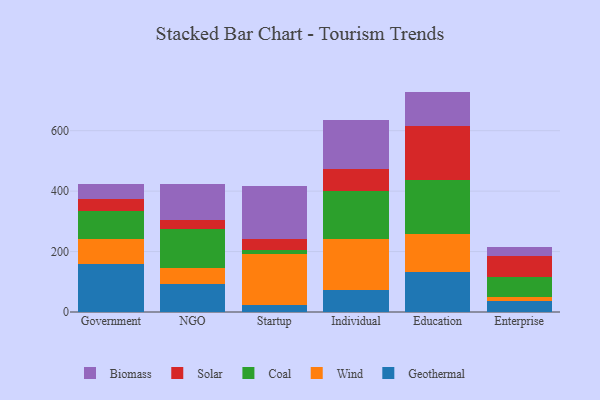
{"axis": {"x": "Segment", "y": "Market Share (%)"}, "legend": ["Biomass", "Coal", "Geothermal", "Solar", "Wind"], "data": [{"x": "Government", "y": 159.0, "type": "Geothermal"}, {"x": "Government", "y": 81.5, "type": "Wind"}, {"x": "Government", "y": 94.1, "type": "Coal"}, {"x": "Government", "y": 40.0, "type": "Solar"}, {"x": "Government", "y": 48.5, "type": "Biomass"}, {"x": "NGO", "y": 91.1, "type": "Geothermal"}, {"x": "NGO", "y": 53.1, "type": "Wind"}, {"x": "NGO", "y": 128.9, "type": "Coal"}, {"x": "NGO", "y": 31.6, "type": "Solar"}, {"x": "NGO", "y": 117.6, "type": "Biomass"}, {"x": "Startup", "y": 24.8, "type": "Geothermal"}, {"x": "Startup", "y": 167.8, "type": "Wind"}, {"x": "Startup", "y": 13.7, "type": "Coal"}, {"x": "Startup", "y": 36.7, "type": "Solar"}, {"x": "Startup", "y": 172.5, "type": "Biomass"}, {"x": "Individual", "y": 73.8, "type": "Geothermal"}, {"x": "Individual", "y": 166.7, "type": "Wind"}, {"x": "Individual", "y": 159.1, "type": "Coal"}, {"x": "Individual", "y": 73.4, "type": "Solar"}, {"x": "Individual", "y": 162.1, "type": "Biomass"}, {"x": "Education", "y": 132.2, "type": "Geothermal"}, {"x": "Education", "y": 125.4, "type": "Wind"}, {"x": "Education", "y": 179.0, "type": "Coal"}, {"x": "Education", "y": 177.7, "type": "Solar"}, {"x": "Education", "y": 115.1, "type": "Biomass"}, {"x": "Enterprise", "y": 36.4, "type": "Geothermal"}, {"x": "Enterprise", "y": 13.0, "type": "Wind"}, {"x": "Enterprise", "y": 65.4, "type": "Coal"}, {"x": "Enterprise", "y": 69.7, "type": "Solar"}, {"x": "Enterprise", "y": 31.3, "type": "Biomass"}]}